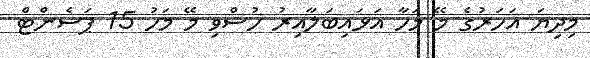
މިދިޔަ އަހަރުގެ މޭ މަހާ އަޅައިބަލާއިރު ހުސްވި މޭ މަހު 15 ޕަސެންޓް